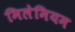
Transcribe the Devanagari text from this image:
मिलेमियम